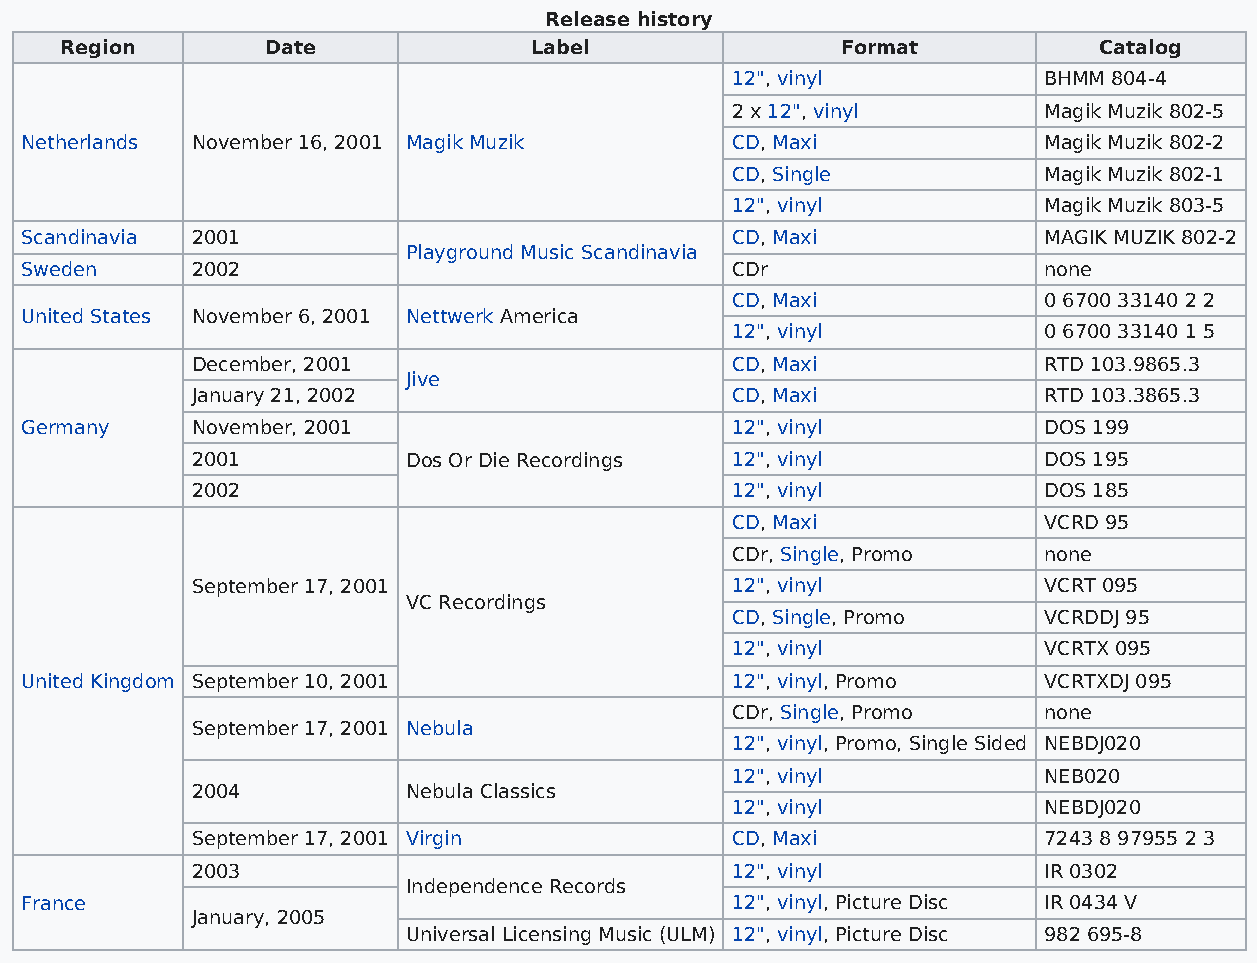
Release history
 Region        Date             Label                Format           Catalog
 12", vinyl           BHMM 804-4
 2 x 12", vinyl       Magik Muzik 802-5
 Netherlands November 16, 2001 Magik Muzik      CD, Maxi             Magik Muzik 802-2
 CD, Single           Magik Muzik 802-1
 12", vinyl           Magik Muzik 803-5
 Scandinavia 2001                               CD, Maxi             MAGIK MUZIK 802-2
 Playground Music Scandinavia
 Sweden      2002                               CDr                  none
 CD, Maxi             0 6700 33140 2 2
 United States November 6, 2001 Nettwerk America
 12", vinyl           0 6700 33140 1 5
 December, 2001                     CD, Maxi             RTD 103.9865.3
 Jive
 January 21, 2002                   CD, Maxi             RTD 103.3865.3
 Germany     November, 2001                     12", vinyl           DOS 199
 2001          Dos Or Die Recordings 12", vinyl          DOS 195
 2002                               12", vinyl           DOS 185
 CD, Maxi             VCRD 95
 CDr, Single, Promo   none
 September 17, 2001                 12", vinyl           VCRT 095
 VC Recordings
 CD, Single, Promo    VCRDDJ 95
 12", vinyl           VCRTX 095
 United Kingdom September 10, 2001              12", vinyl, Promo    VCRTXDJ 095
 CDr, Single, Promo   none
 September 17, 2001 Nebula
 12", vinyl, Promo, Single Sided NEBDJ020
 12", vinyl           NEB020
 2004          Nebula Classics
 12", vinyl           NEBDJ020
 September 17, 2001 Virgin          CD, Maxi             7243 8 97955 2 3
 2003                               12", vinyl           IR 0302
 Independence Records
 France                                         12", vinyl, Picture Disc IR 0434 V
 January, 2005
 Universal Licensing Music (ULM) 12", vinyl, Picture Disc 982 695-8